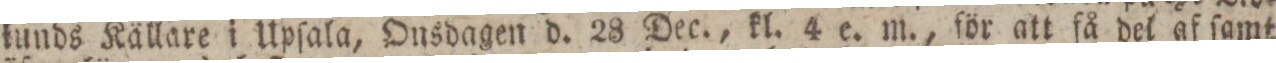
kunds Källare i Upſala, Onsdagen d. 28 Dec., kl. 4 e. m., för att få del af ſamt